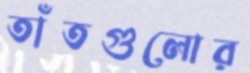
তাঁতগুলোর